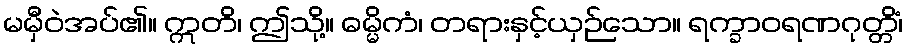
မမှီဝဲအပ်၏။ ဣတိ၊ ဤသို့။ ဓမ္မိကံ၊ တရားနှင့်ယှဉ်သော။ ရက္ခာဝရဏဂုတ္တိံ၊